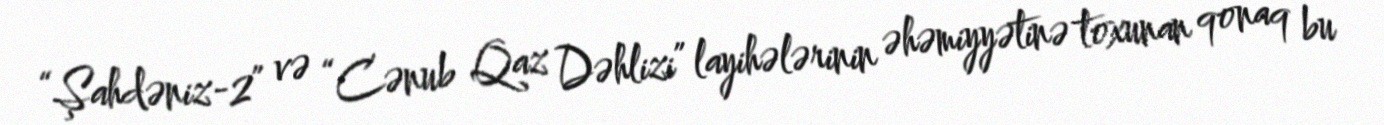
“Şahdəniz-2” və “Cənub Qaz Dəhlizi” layihələrinin əhəmiyyətinə toxunan qonaq bu